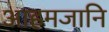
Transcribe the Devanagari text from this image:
आहमजानि